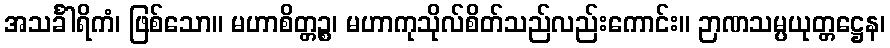
အသင်္ခါရိကံ၊ ဖြစ်သော။ မဟာစိတ္တဉ္စ၊ မဟာကုသိုလ်စိတ်သည်လည်းကောင်း။ ဉာဏသမ္ပယုတ္တဋ္ဌေန၊